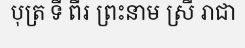
បុត្រ ទី ពីរ ព្រះនាម ស្រី រាជា